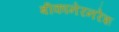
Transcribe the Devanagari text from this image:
बीकानेरनरेश